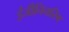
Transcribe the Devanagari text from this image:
ईजीनियरिग